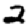
Digit: 2